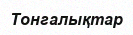
Тонгалықтар